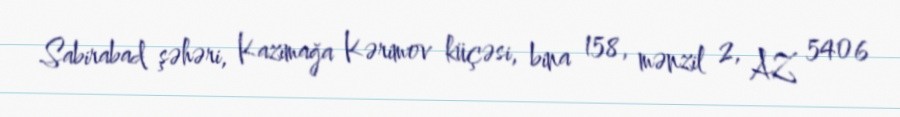
Sabirabad şəhəri, Kazımağa Kərimov küçəsi, bina 158, mənzil 2, AZ 5406